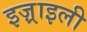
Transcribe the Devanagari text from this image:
इज़्राइली